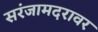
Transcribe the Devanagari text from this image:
सरंजामदरावर